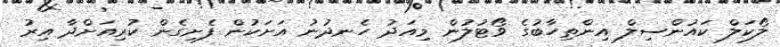
ލޯކަލް ކައުންސިލް އިންތިހާބުގެ ވޯޓުލުން މިއަދު ހެނދުނު އަށަކުން ފެށިގެން ކުރިއަށްދާ އިރު